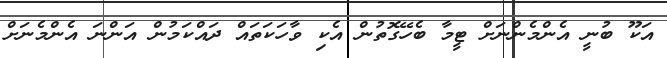
އަކޫ ބުނީ އެންމެންނަށް ޓީމާ ބެހޭގޮތުން އެކި ވާހަކަތައް ދައްކަމުން އަންނަ އެންމެނަށް